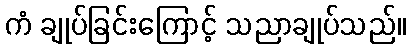
ကံ ချုပ်ခြင်းကြောင့် သညာချုပ်သည်။